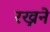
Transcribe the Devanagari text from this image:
रख्नने